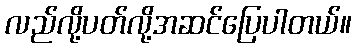
လည်လို့ပတ်လို့အဆင်ပြေပါတယ်။